Vaccine operations Central Provinces & Berar 1922-1929 - 1922-1929
Year: 1922
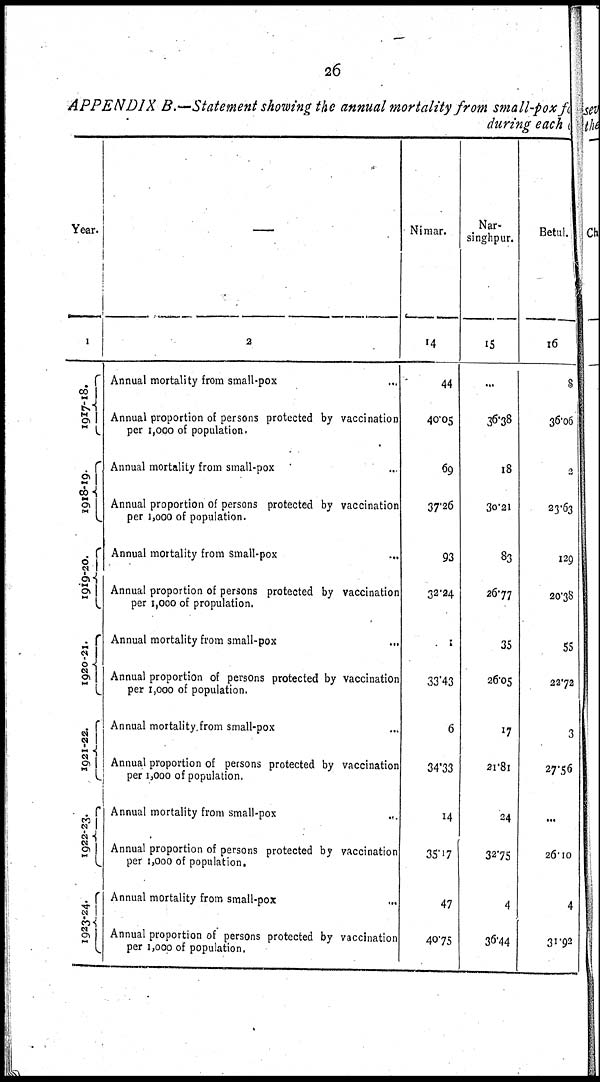
26
APPENDIX B.—Statement showing the annual mortality from small-pox for
during each
Year.
1
1917-18.
1918-19.
1919-20.
1920-21.
1921-22.
1922-23.
1923-24.
—
2
Annual mortality from small-pox...
Annual proportion of persons protected by vaccination
per 1,000 of population.
Annual mortality from small-pox...
Annual proportion of persons protected by vaccination
per 1,000 of population.
Annual mortality from small-pox...
Annual proportion of persons protected by vaccination
per 1,000 of propulation.
Annual mortality from small-pox...
Annual proportion of persons protected by vaccination
per 1,000 of population.
Annual mortality from small-pox...
Annual proportion of persons protected by vaccination
per 1,000 of population.
Annual mortality from
small-pox...
Annual proportion of persons protected by vaccination
per 1,000 of population.
Annual mortality from small-pox...
Annual proportion of persons protected by vaccination
per 1,000 of population.
Nimar.
14
44
40.05
69
37.26
93
32.24
1
33.43
6
34.33
14
35.17
47
40.75
Nar-
singhpur.
15
...
36.38
18
30.2l
83
26.77
35
26.05
17
21.81
24
32.75
4
36.44
Betul.
16
8
36.06
2
23.63
129
20.38
55
22.72
3
27.56
...
26.10
4
31.92